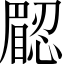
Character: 𥊟